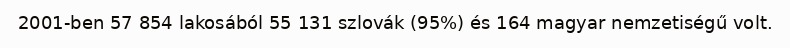
2001-ben 57 854 lakosából 55 131 szlovák (95%) és 164 magyar nemzetiségű volt.